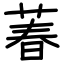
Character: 萶